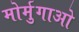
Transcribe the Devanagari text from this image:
मोर्मुगाओ